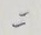
=